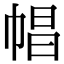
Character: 𢃑